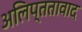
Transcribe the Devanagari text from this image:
अलिप्ततावाद